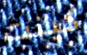
كينت